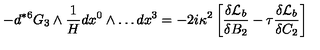
- d { } ^ { * 6 } G _ { 3 } \wedge \frac { 1 } { H } d x ^ { 0 } \wedge \dots d x ^ { 3 } = - 2 i \kappa ^ { 2 } \left[ \frac { \delta { \cal { L } } _ { b } } { \delta B _ { 2 } } - \tau \frac { \delta { \cal { L } } _ { b } } { \delta C _ { 2 } } \right]